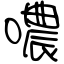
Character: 噥